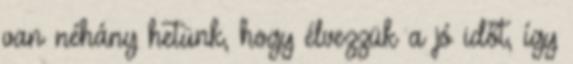
van néhány hetünk, hogy élvezzük a jó időt, így